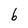
Character: b